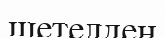
шетелден